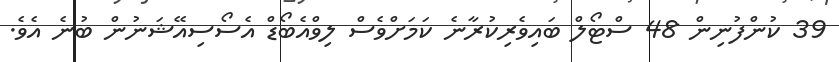
39 ކުންފުނިން 48 ސްޓޯލް ބައިވެރިކުރާނެ ކަމަށްވެސް ލިވްއެބޯޑް އެސޯސިއޭޝަނުން ބުނެ އެވެ.